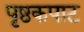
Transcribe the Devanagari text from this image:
पृष्ठकपाट